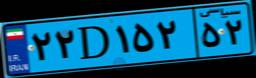
۲۵D۳۶۲۳۵